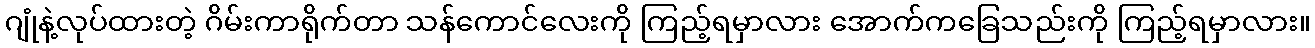
ဂျုံနဲ့လုပ်ထားတဲ့ ဂိမ်းကာရိုက်တာ သန်ကောင်လေးကို ကြည့်ရမှာလား အောက်ကခြေသည်းကို ကြည့်ရမှာလား။